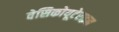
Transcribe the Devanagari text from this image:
वेसिकोयूटेराइन